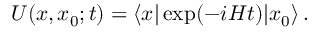
{ \cal U } ( x , x _ { 0 } ; t ) = \langle x \vert \exp ( - i H t ) \vert x _ { 0 } \rangle \, .